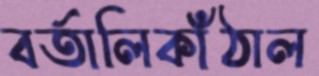
বর্তালিকাঁঠাল